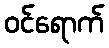
ဝင်ရောက်